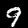
Digit: 9